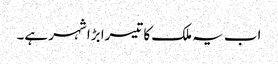
اب یہ ملک کا تیسرا بڑا شہر ہے۔